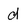
Character: d